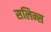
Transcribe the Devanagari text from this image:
सलिन्स